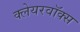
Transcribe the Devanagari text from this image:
क्लेयरवॉक्स